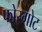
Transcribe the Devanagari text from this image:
फोरगोट